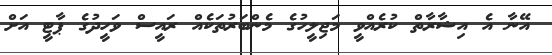
އޭނާ އެ އިޝާރާތް ކުރެއްވީ މަޖިލީހުގެ މެންބަރުތަކެއް ރައީސް ވަހީދުގެ ޕާޓީ އަށް